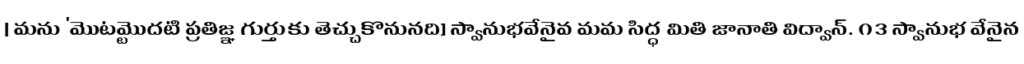
| మను 'మొట్టమొదటి ప్రతిజ్ఞ గుర్తుకు తెచ్చుకొనునది] స్వానుభవేనైవ మమ సిద్ధ మితి జానాతి విద్వాన్. ౧౩ స్వానుభ వేనైన